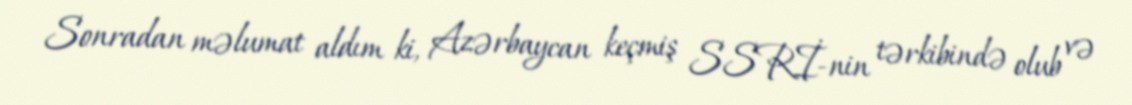
Sonradan məlumat aldım ki, Azərbaycan keçmiş SSRİ-nin tərkibində olub və